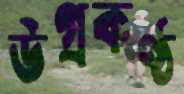
উগ্রকণ্ঠ